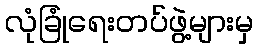
လုံခြုံရေးတပ်ဖွဲ့များမှ